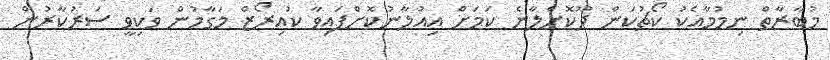
މުބާރާތް ނިމުމާއެކު ކޯޗުކަން ދޫކޮށްލާނެ ކަމަށް އިއުލާނުކޮށްފައިވާ ކުއިރޯޒް މަގާމުން ވަކިވީ ސަރުކާރުން